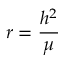
r = { \frac { h ^ { 2 } } { \mu } }